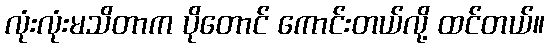
လုံးလုံးမသိတာက ပိုတောင် ကောင်းတယ်လို့ ထင်တယ်။